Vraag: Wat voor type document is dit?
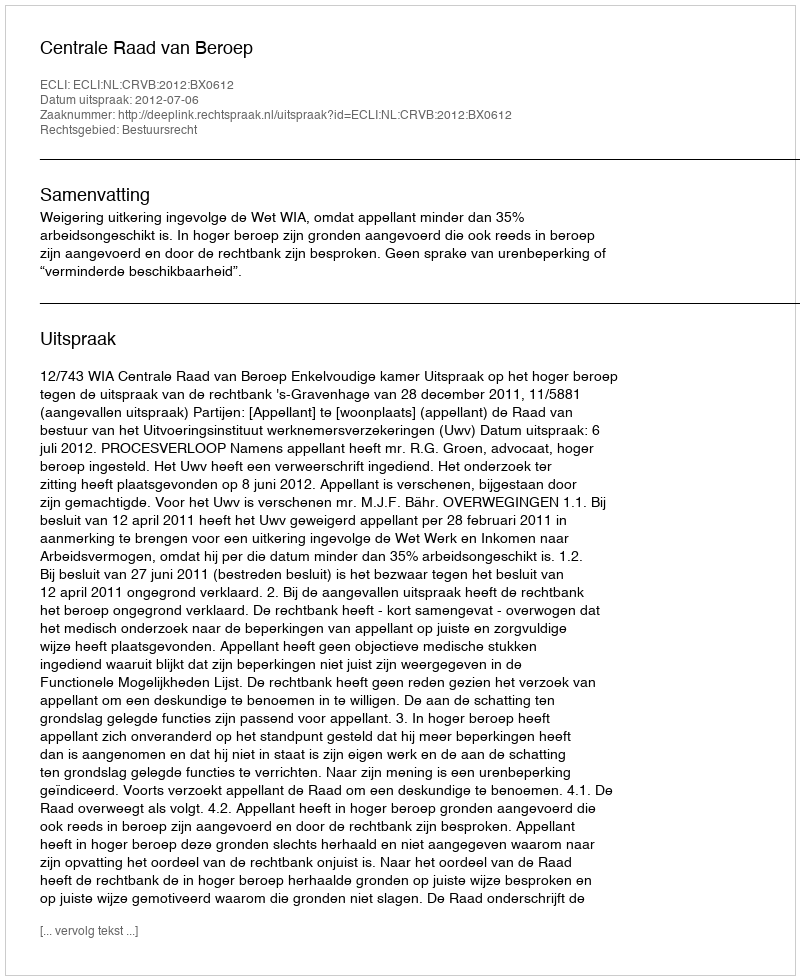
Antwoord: Uitspraak